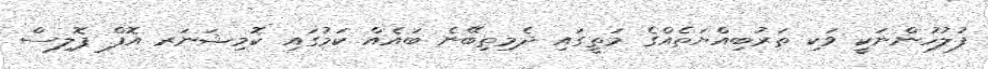
ފުލުހުންނަކީ ވަކި ތަރުބިއްޔަތެއްގެ މަތީގައި ދެމިތިބޭނެ ބައެއް ކަމުގައި ކޮމިޝަނަރ އޮފް ޕޮލިސް